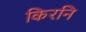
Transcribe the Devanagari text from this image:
किरनि